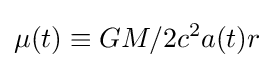
\mu (t)\equiv GM/2c^{2}a(t)r